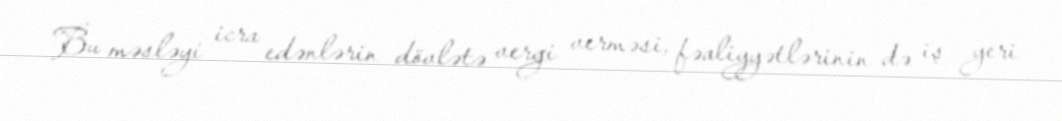
Bu məsləyi icra edənlərin dövlətə vergi verməsi, fəaliyyətlərinin də iş yeri